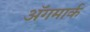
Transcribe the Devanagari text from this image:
अॅगमार्क